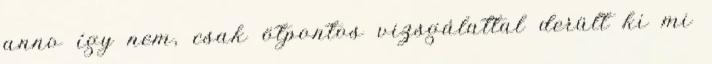
anno így nem, csak ötpontos vizsgálattal derült ki mi